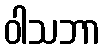
ဝါသဘာ